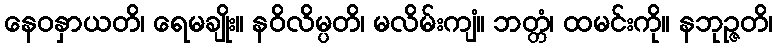
နေဝနှာယတိ၊ ရေမချိုး။ နဝိလိမ္ပတိ၊ မလိမ်းကျံ။ ဘတ္တံ၊ ထမင်းကို။ နဘုဉ္ဇတိ၊